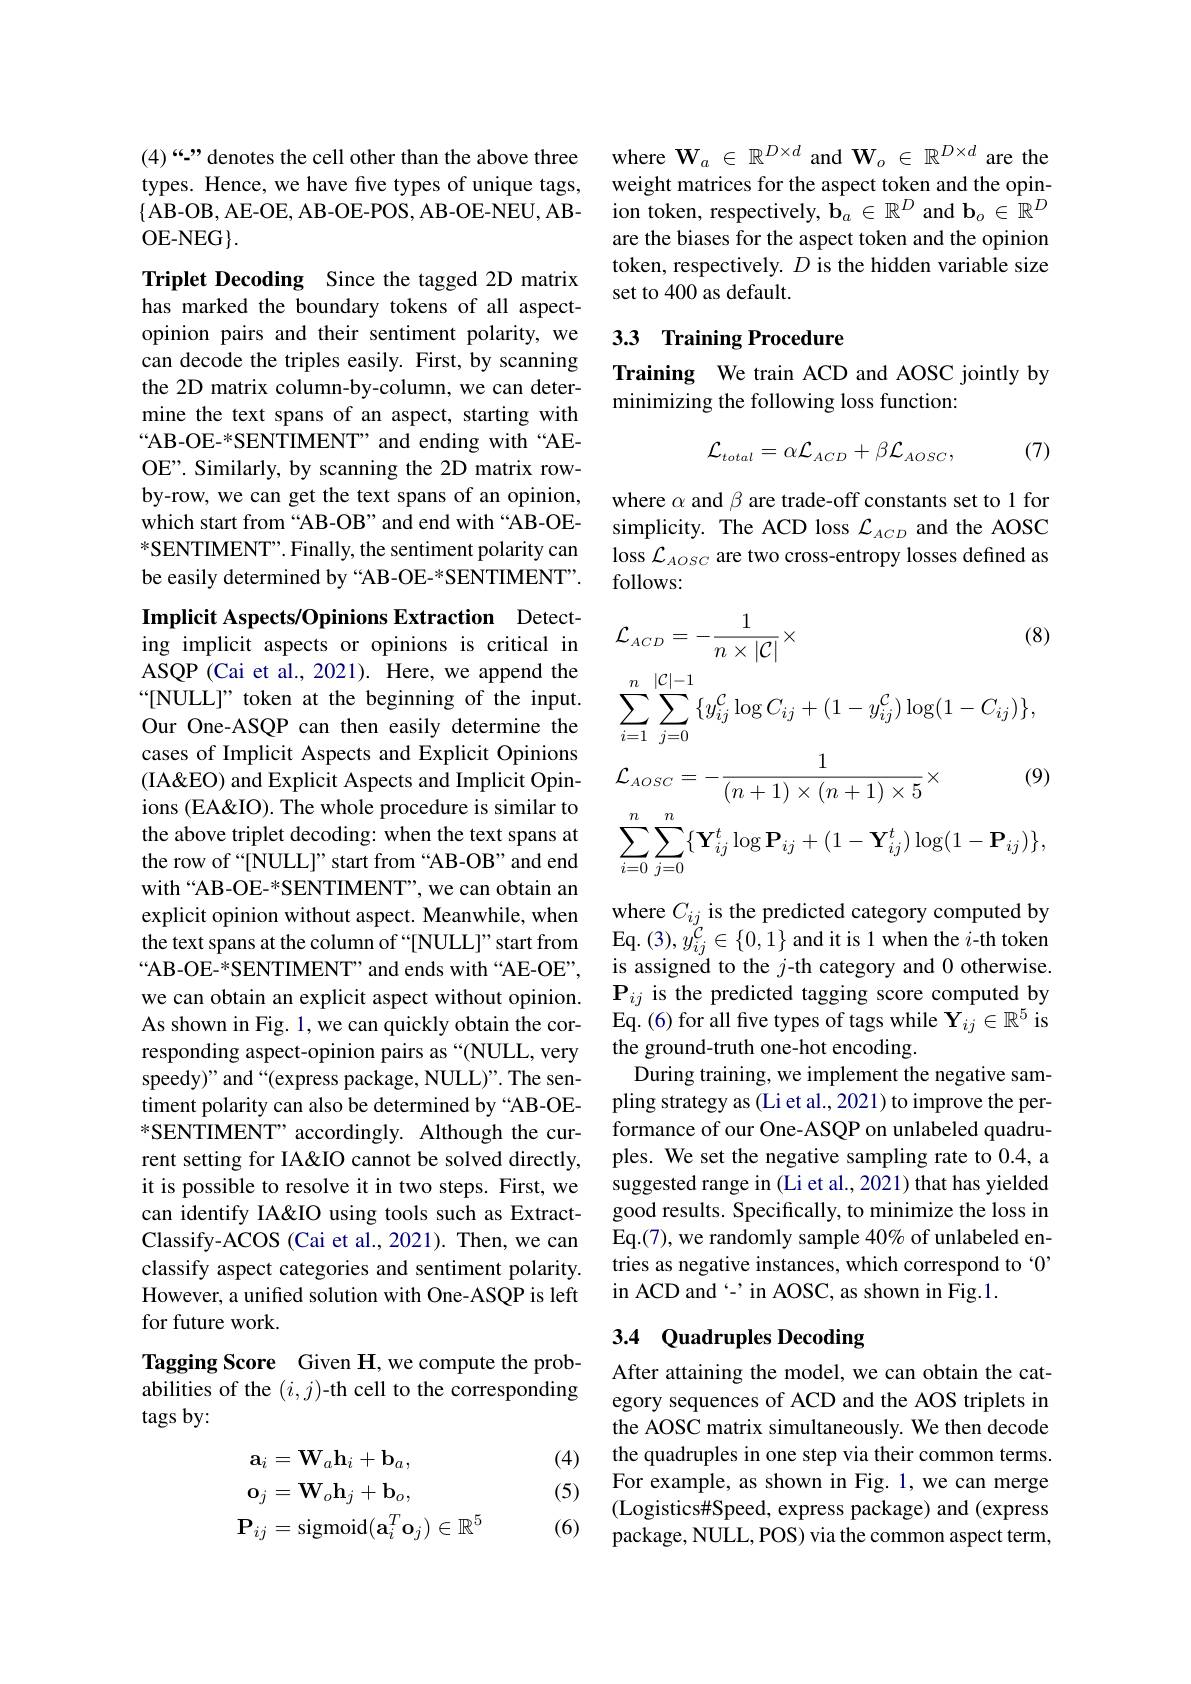
where $\mathbf{W}_a\in\mathbb{R}^{D\times d}$ and $\mathbf{W}_o\in\mathbb{R}^{D\times d}$ are the weight matrices for the aspect token and the opinion token, respectively, $\mathbf{b}_a\in\mathbb{R}^D$ and $\mathbf{b}_o\in\mathbb{R}^D$ are the biases for the aspect token and the opinion token, respectively. $D$ is the hidden variable size set to 400 as default.

## 3.3 Training Procedure

Training We train ACD and AOSC jointly by
minimizing the following loss function:
$$\mathcal{L}_{total}=\alpha\mathcal{L}_{ACD}+\beta\mathcal{L}_{AOSC},$$
(7)

where $\alpha$ and $\beta$ are trade-off constants set to 1 for simplicity. The ACD loss $\mathcal{L}_{ACD}$ and the AOSC loss $\mathcal{L}_{AOSC}$ are two cross-entropy losses defined as follows:
$$\begin{aligned}&\mathcal{L}_{ACD}=-\frac{1}{n\times|\mathcal{C}|}\times&\text{(8)}\\&\sum_{i=1}^{n}\sum_{j=0}^{|\mathcal{C}|-1}\{y_{ij}^{\mathcal{C}}\log C_{ij}+(1-y_{ij}^{\mathcal{C}})\log(1-C_{ij})\},\\&\mathcal{L}_{AOSC}=-\frac{1}{(n+1)\times(n+1)\times5}\times&\text{(9)}\\&\sum_{i=0}^{n}\sum_{j=0}^{n}\{\mathbf{Y}_{ij}^{t}\log\mathbf{P}_{ij}+(1-\mathbf{Y}_{ij}^{t})\log(1-\mathbf{P}_{ij})\},\end{aligned}$$
(4)“-” denotes the cell other than the above three types. Hence, we have five types of unique tags, $\{$AB-OB, AE-OE, AB-OE-POS, AB-OE-NEU, ABOE- NEG$\} .$

Triplet Decoding Since the tagged 2D matrix has marked the boundary tokens of all aspectopinion pairs and their sentiment polarity, we can decode the triples easily. First, by scanning the 2D matrix column-by-column, we can determine the text spans of an aspect, starting with “AB-OE-*SENTIMENT” and ending with “AEOE". Similarly, by scanning the 2D matrix rowby-row, we can get the text spans of an opinion, which start from “AB-OB”and end with“AB-OE- *SENTIMENT". Finally, the sentiment polarity can be easily determined by “AB-OE-*SENTIMENT”.

Implicit Aspects/Opinions Extraction Detecting implicit aspects or opinions is critical in ASQP (Cai et al., 2021). Here, we append the $“[$NULL]" token at the beginning of the input. Our One-ASQP can then easily determine the cases of Implicit Aspects and Explicit Opinions (IA&EO) and Explicit Aspects and Implicit Opinions (EA&IO). The whole procedure is similar to the above triplet decoding: when the text spans at the row of “[NULL]”start from“AB-OB”and end with“AB-OE-*SENTIMENT”,we can obtain an explicit opinion without aspect. Meanwhile, when the text spans at the column of “[NULL]” start from $“$AB-OE-*SENTIMENT" and ends with“AE-OE”, we can obtain an explicit aspect without opinion. As shown in Fig. 1, we can quickly obtain the corresponding aspect-opinion pairs as “(NULL, very speedy)" and “(express package, NULL)”. The sentiment polarity can also be determined by “AB-OE- $^*$SENTIMENT" accordingly. Although the current setting for IA&IO cannot be solved directly, it is possible to resolve it in two steps. First, we can identify IA&IO using tools such as ExtractClassify-ACOS (Cai et al., 2021). Then, we can classify aspect categories and sentiment polarity. However, a unified solution with One-ASQP is left for future work.
Tagging Score Given H,we compute the prob-

abilities of the $(i,j)$-th cell to the corresponding
tags by:

(4)

(5)
$$\begin{aligned}\mathbf{a}_{i}&=\mathbf{W}_a\mathbf{h}_i+\mathbf{b}_a,\\\mathbf{o}_{j}&=\mathbf{W}_o\mathbf{h}_j+\mathbf{b}_o,\\\mathbf{P}_{ij}&=\mathrm{sigmoid}(\mathbf{a}_i^T\mathbf{o}_j)\in\mathbb{R}^5\end{aligned}$$
(6)

where $C_{ij}$ is the predicted category computed by Eq. $(3),y_{ij}^{\mathcal{C}}\in\{0,1\}$ and it is 1 when the $i$-th token is assigned to the $j$-th category and 0 otherwise. $\mathbf{P}_{ij}$ is the predicted tagging score computed by Eq. (6) for all five types of tags while $\mathbf{Y}_{ij}\in\mathbb{R}^5$ is the ground-truth one-hot encoding.
During training, we implement the negative sampling strategy as (Li et al., 2021) to improve the performance of our One-ASQP on unlabeled quadruples. We set the negative sampling rate to 0.4, a suggested range in (Li et al., 2021) that has yielded good results. Specifically, to minimize the loss in Eq.(7), we randomly sample 40% of unlabeled entries as negative instances, which correspond to $`0”$ in ACD and é'in AOSC, as shown in Fig.1.

# 3.4 Quadruples Decoding

After attaining the model, we can obtain the category sequences of ACD and the AOS triplets in the AOSC matrix simultaneously. We then decode the quadruples in one step via their common terms. For example, as shown in Fig. 1, we can merge (Logistics#Speed, express package) and (express package, NULL, POS) via the common aspect term,